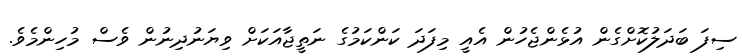
ސިފަ ބަދަލުކޮށްގެން އުޅެންޖެހުން އެއީ މިފަދަ ކަންކަމުގެ ނަތީޖާއަކަށް ވިޔަނުދިނުން ވެސް މުހިންމެވެ.